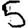
Digit: 5